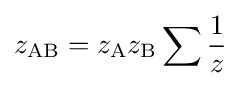
z_{\text{AB}}=z_{\text{A}}z_{\text{B}}\sum {\frac {1}{z}}